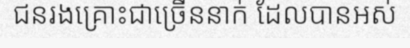
ជនរងគ្រោះជាច្រើននាក់ ដែលបានអស់